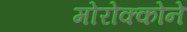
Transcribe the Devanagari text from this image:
मोरोक्कोने